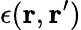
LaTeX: \epsilon(\mathbf{r},\mathbf{r}^{\prime})